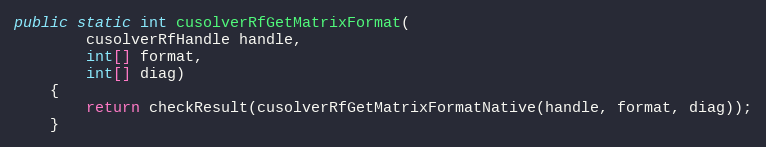
Language: Java
public static int cusolverRfGetMatrixFormat(
        cusolverRfHandle handle,
        int[] format,
        int[] diag)
    {
        return checkResult(cusolverRfGetMatrixFormatNative(handle, format, diag));
    }